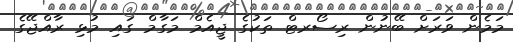
މަމެން ވަރަށް ބޭނުން ރިސޯރޓް ތަކުގެ ޖީއެމް މަގާމް ގައި މުޅި ރާއްޖޭގެ